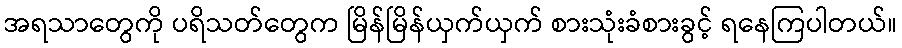
အရသာတွေကို ပရိသတ်တွေက မြိန်မြိန်ယှက်ယှက် စားသုံးခံစားခွင့် ရနေကြပါတယ်။